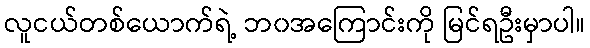
လူငယ်တစ်ယောက်ရဲ့ ဘ၀အကြောင်းကို မြင်ရဦးမှာပါ။